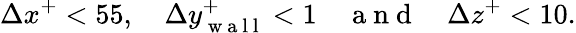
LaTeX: \Delta x^{+}<55,\quad\Delta y_{\mathrm{~w~a~l~l~}}^{+}<1\quad\mathrm{~a~n~d~}\quad\Delta z^{+}<10.